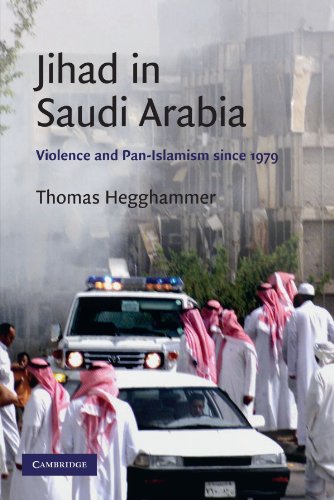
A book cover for Jihad in Saudi Arabia: Violence and Pan-Islamism since 1979 (Cambridge Middle East Studies); Thomas Hegghammer; History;